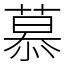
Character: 慕